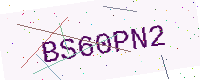
Text: BS60PN2